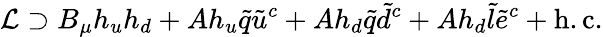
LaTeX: {\mathcal{L}}\supset B_{\mu}h_{u}h_{d}+Ah_{u}{\tilde{q}}{\tilde{u}}^{c}+Ah_{d}{\tilde{q}}{\tilde{d}}^{c}+Ah_{d}{\tilde{l}}{\tilde{e}}^{c}+{\mathrm{h.c.}}